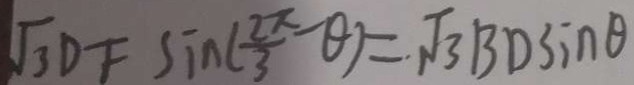
\sqrt { 3 } D F \sin ( \frac { 2 \pi } { 3 } - \theta ) = \sqrt { 3 } B D \sin \theta